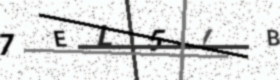
Text: 7EL5LB